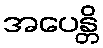
အပေန္တိ